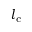
l _ { \mathrm { c } }